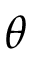
\theta